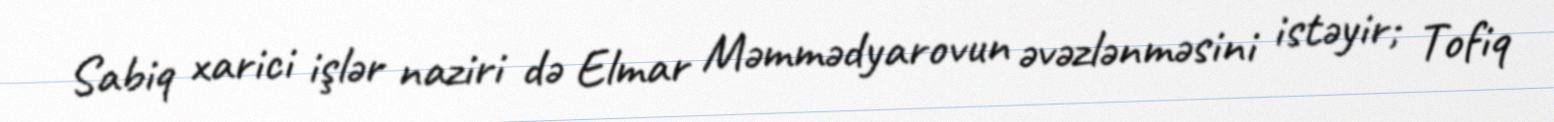
Sabiq xarici işlər naziri də Elmar Məmmədyarovun əvəzlənməsini istəyir; Tofiq